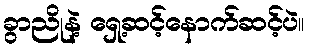
ခွာညိုနဲ့ ရှေ့ဆင့်နောက်ဆင့်ပဲ။